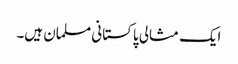
ایک مثالی پاکستانی مسلمان ہیں۔